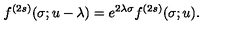
f ^ { ( 2 s ) } ( \sigma ; u - \lambda ) = e ^ { 2 \lambda \sigma } f ^ { ( 2 s ) } ( \sigma ; u ) .